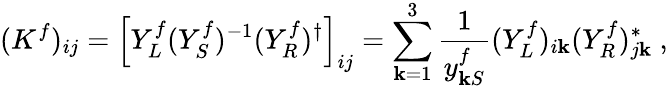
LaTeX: (K^{f})_{ij}=\left[Y_{L}^{f}(Y_{S}^{f})^{-1}(Y_{R}^{f})^{\dagger}\right]_{ij}=\sum_{\mathbf{k}=1}^{3}\frac{{1}}{{y_{\mathbf{k}S}^{f}}}(Y_{L}^{f})_{i\mathbf{k}}(Y_{R}^{f})_{j\mathbf{k}}^{\ast}\ ,